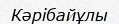
Кәрібайұлы